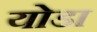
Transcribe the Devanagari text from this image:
योडा